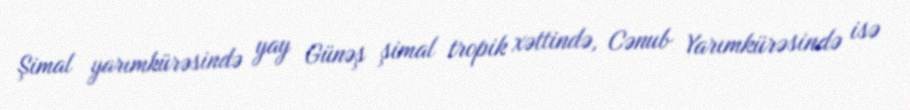
Şimal yarımkürəsində yay Günəş şimal tropik xəttində, Cənub Yarımkürəsində isə